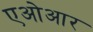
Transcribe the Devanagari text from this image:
एओआर